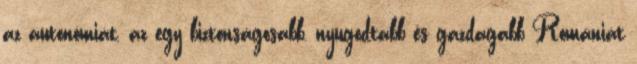
az autonómiát, az egy biztonságosabb, nyugodtabb és gazdagabb Romániát